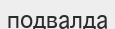
подвалда